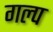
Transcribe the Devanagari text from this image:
गल्‍प